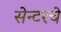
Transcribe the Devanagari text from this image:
सेन्टरचे